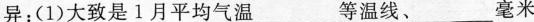
异：(1)大致是1月平均气温___等温线、___毫米